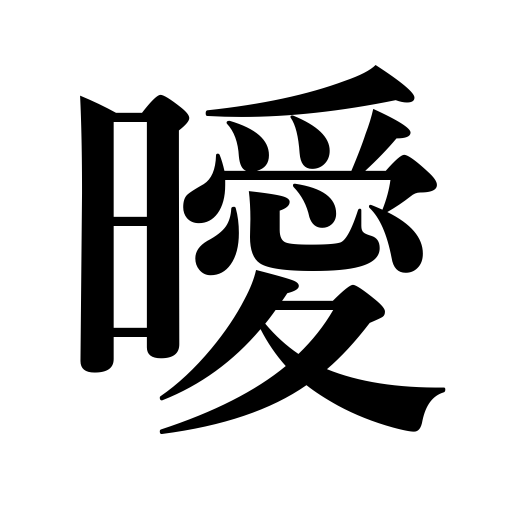
Meanings: not clear,dark